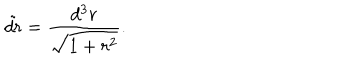
LaTeX: \tilde { d r } = { \frac { d ^ { 3 } r } { \sqrt { 1 + r ^ { 2 } } } } .